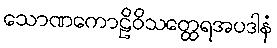
သောဏကောဠိဝိသတ္ထေရအပဒါနံ